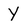
Character: Y